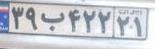
۳۹ب۴۲۲۲۱